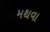
મથવા